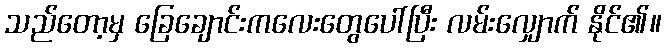
သည်တော့မှ ခြေချောင်းကလေးတွေပေါ်ပြီး လမ်းလျှောက် နိုင်၏။